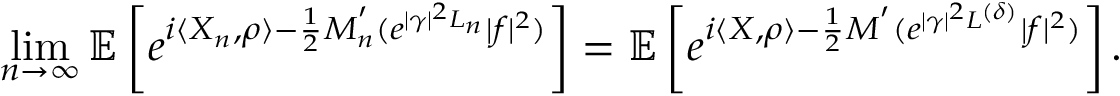
\operatorname* { l i m } _ { n \to \infty } { \ensuremath { \mathbb E } } \left[ e ^ { i \langle X _ { n } , \rho \rangle - \frac { 1 } { 2 } M _ { n } ^ { ' } ( e ^ { | \gamma | ^ { 2 } L _ { n } } | f | ^ { 2 } ) } \right] = { \ensuremath { \mathbb E } } \left[ e ^ { i \langle X , \rho \rangle - \frac { 1 } { 2 } M ^ { ' } ( e ^ { | \gamma | ^ { 2 } L ^ { ( \delta ) } } | f | ^ { 2 } ) } \right] .